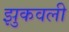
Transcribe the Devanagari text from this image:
झुकवली